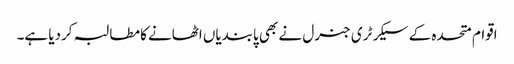
اقوام متحدہ کے سیکرٹری جنرل نے بھی پابندیاں اٹھانے کامطالبہ کردیا ہے۔